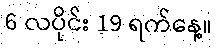
6 လပိုင်း 19 ရက်နေ့။